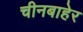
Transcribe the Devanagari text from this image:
चीनबाहेर